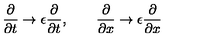
{ \frac { \partial } { \partial t } } \rightarrow \epsilon { \frac { \partial } { \partial t } } , \qquad { \frac { \partial } { \partial x } } \rightarrow \epsilon { \frac { \partial } { \partial x } }